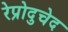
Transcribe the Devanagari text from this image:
रेप्रोदुचेद